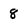
Character: 8